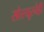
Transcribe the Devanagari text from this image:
सोस्यूरनेही